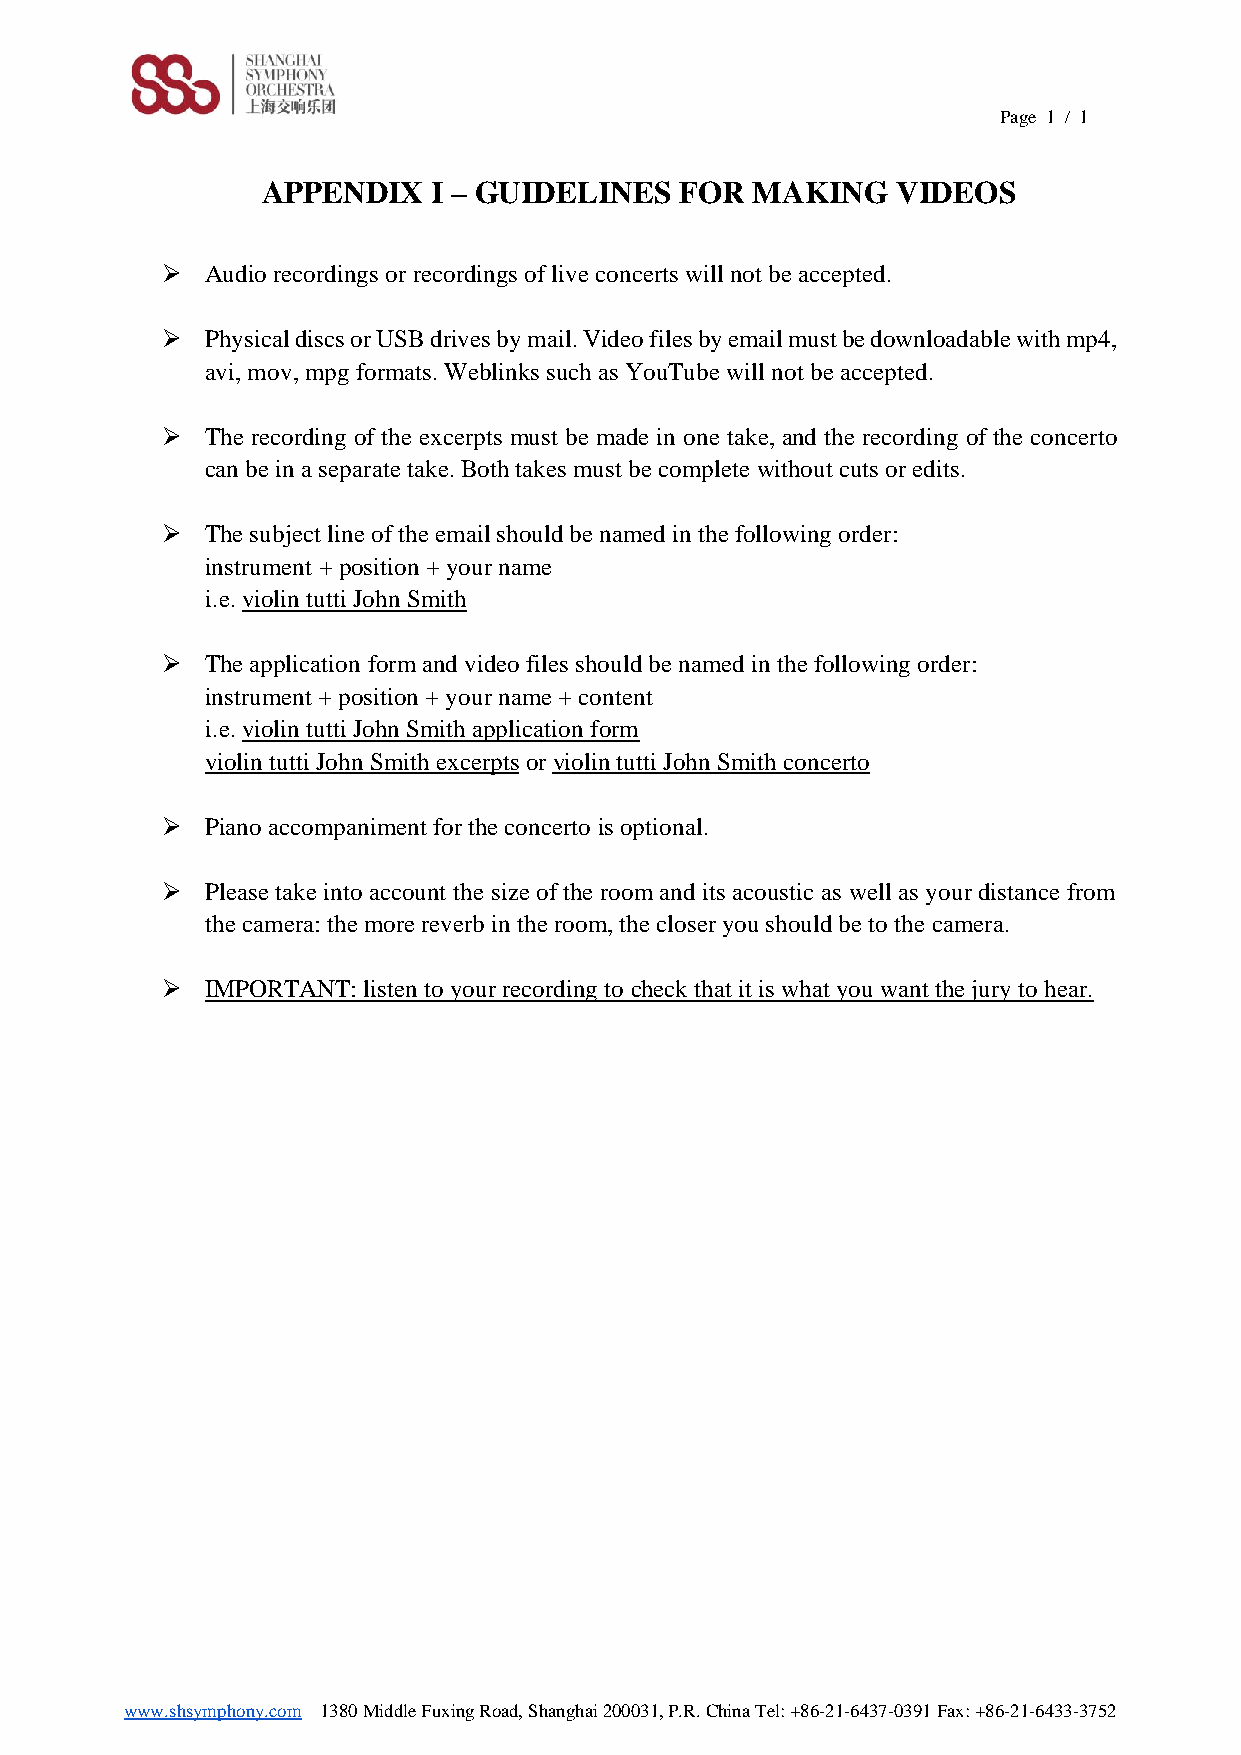
Page 1 / 1
 APPENDIX    I – GUIDELINES  FOR  MAKING   VIDEOS
 ➢  Audio recordings or recordings of live concerts will not be accepted.
 ➢  Physical discs or USB drives by mail. Video files by email must be downloadable with mp4,
 avi, mov, mpg formats. Weblinks such as YouTube will not be accepted.
 ➢  The recording of the excerpts must be made in one take, and the recording of the concerto
 can be in a separate take. Both takes must be complete without cuts or edits.
 ➢  The subject line of the email should be named in the following order:
 instrument + position + your name
 i.e. violin tutti John Smith
 ➢  The application form and video files should be named in the following order:
 instrument + position + your name + content
 i.e. violin tutti John Smith application form
 violin tutti John Smith excerpts or violin tutti John Smith concerto
 ➢  Piano accompaniment for the concerto is optional.
 ➢  Please take into account the size of the room and its acoustic as well as your distance from
 the camera: the more reverb in the room, the closer you should be to the camera.
 ➢  IMPORTANT: listen to your recording to check that it is what you want the jury to hear.
 www.shsymphony.com 1380 Middle Fuxing Road, Shanghai 200031, P.R. China Tel: +86-21-6437-0391 Fax: +86-21-6433-3752